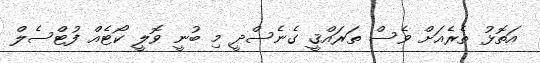
އަތޮޅު ތެރެއަށް ވެސް ތަރައްޤީ ގެނެސްދީ މި ބުނީ ވޮލީ ކޯޓެއް ފުޓްސެލް